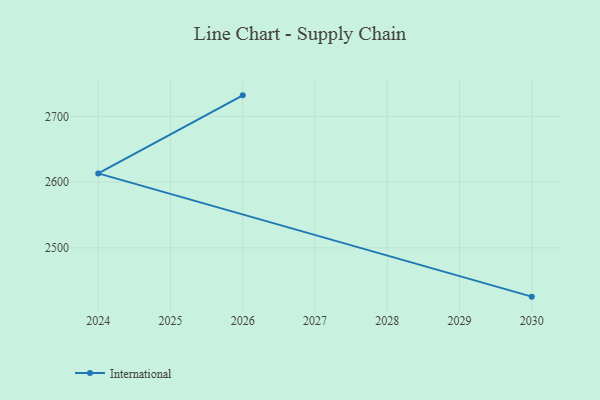
{"axis": {"x": "Year", "y": "Operating Costs (USD K)"}, "legend": ["International"], "data": [{"x": "2030", "y": 2425.7, "type": "International"}, {"x": "2024", "y": 2613.2, "type": "International"}, {"x": "2026", "y": 2731.9, "type": "International"}]}